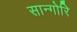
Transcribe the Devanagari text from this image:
सान्गोरि